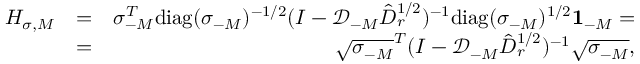
\begin{array} { r l r } { H _ { \sigma , M } } & { = } & { \sigma _ { - M } ^ { T } \mathrm { d i a g } ( { \sigma _ { - M } } ) ^ { - 1 / 2 } ( I - \mathcal { D } _ { - M } \hat { D } _ { r } ^ { 1 / 2 } ) ^ { - 1 } \mathrm { d i a g } ( { \sigma _ { - M } } ) ^ { 1 / 2 } { \bf 1 } _ { - M } = } \\ & { = } & { \sqrt { \sigma _ { - M } } ^ { T } ( I - \mathcal { D } _ { - M } \hat { D } _ { r } ^ { 1 / 2 } ) ^ { - 1 } \sqrt { \sigma _ { - M } } , } \end{array}